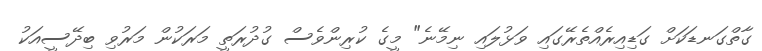
ގާތްގަނޑަކަށް ގަޑިއިރެއްތެރޭގައި ވަޅުލައި ނިމޭނެ" މީގެ ކުރިންވެސް ގުދުރަތީ މަރަކުން މަރުވި ބިދޭސީއަކު